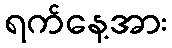
ရက်နေ့အား